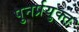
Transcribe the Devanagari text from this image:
पुनर्प्रयुक्त